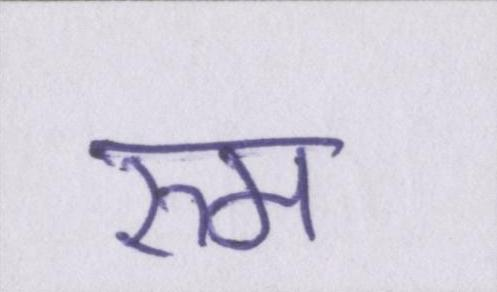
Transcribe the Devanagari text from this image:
रुम